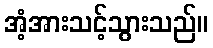
အံ့အားသင့်သွားသည်။